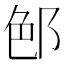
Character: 𨛉